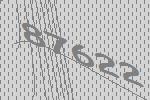
87622